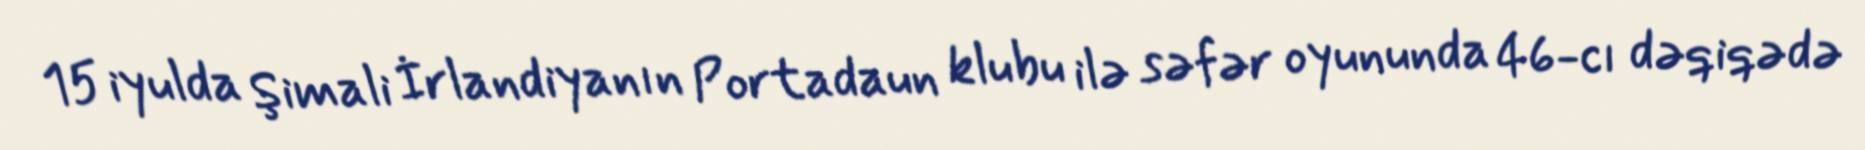
15 iyulda Şimali İrlandiyanın Portadaun klubu ilə səfər oyununda 46-cı dəqiqədə